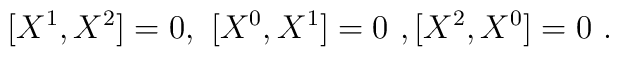
[X^1,X^2]=0, \ [X^{0},X^1]=0\ , [X^2,X^0]=0 \ .